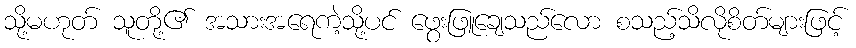
သို့မဟုတ် သူတို့၏ အသားအရေကဲ့သို့ပင် ဖွေးဖြူချေသည်လော စသည့်သိလိုစိတ်များဖြင့်